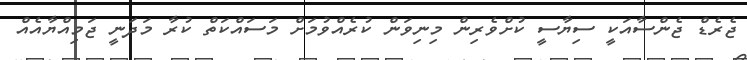
ޖެރެޑް ޖެންސާއަކީ ސިޔާސީ ކުށްވެރިން މިނިވަން ކުރެއްވުމަށް މަސައްކަތް ކުރާ މަދަނީ ޖަމިއްޔާއެއް